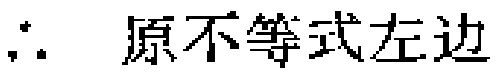
\(\therefore\) 原不等式左边